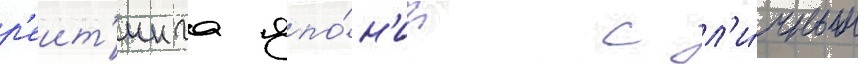
р'еит'инга япо́н'ии с л'и́чным